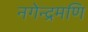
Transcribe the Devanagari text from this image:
नगेन्द्रमणि